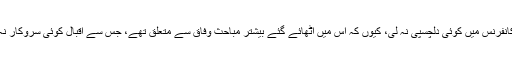
اقبال نے پھر کانفرنس میں کوئی دلچسپی نہ لی، کیوں کہ اس میں اُٹھائے گئے بیشتر مباحث وفاق سے متعلق تھے، جس سے اقبال کوئی سروکار نہ رکھتے تھے۔